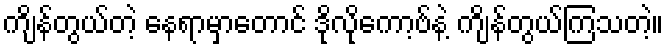
ကျိန်တွယ်တဲ့ နေရာမှာတောင် ဒိုလိုကော့ဗ်နဲ့ ကျိန်တွယ်ကြသတဲ့။